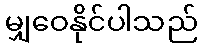
မျှဝေနိုင်ပါသည်